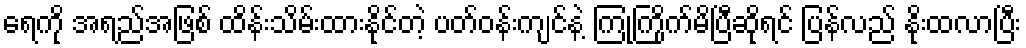
ရေကို အရည်အဖြစ် ထိန်းသိမ်းထားနိုင်တဲ့ ပတ်ဝန်းကျင်နဲ့ ကြုံကြိုက်မိပြီဆိုရင် ပြန်လည် နိုးထလာပြီး